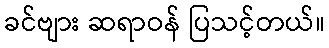
ခင်ဗျား ဆရာဝန် ပြသင့်တယ်။